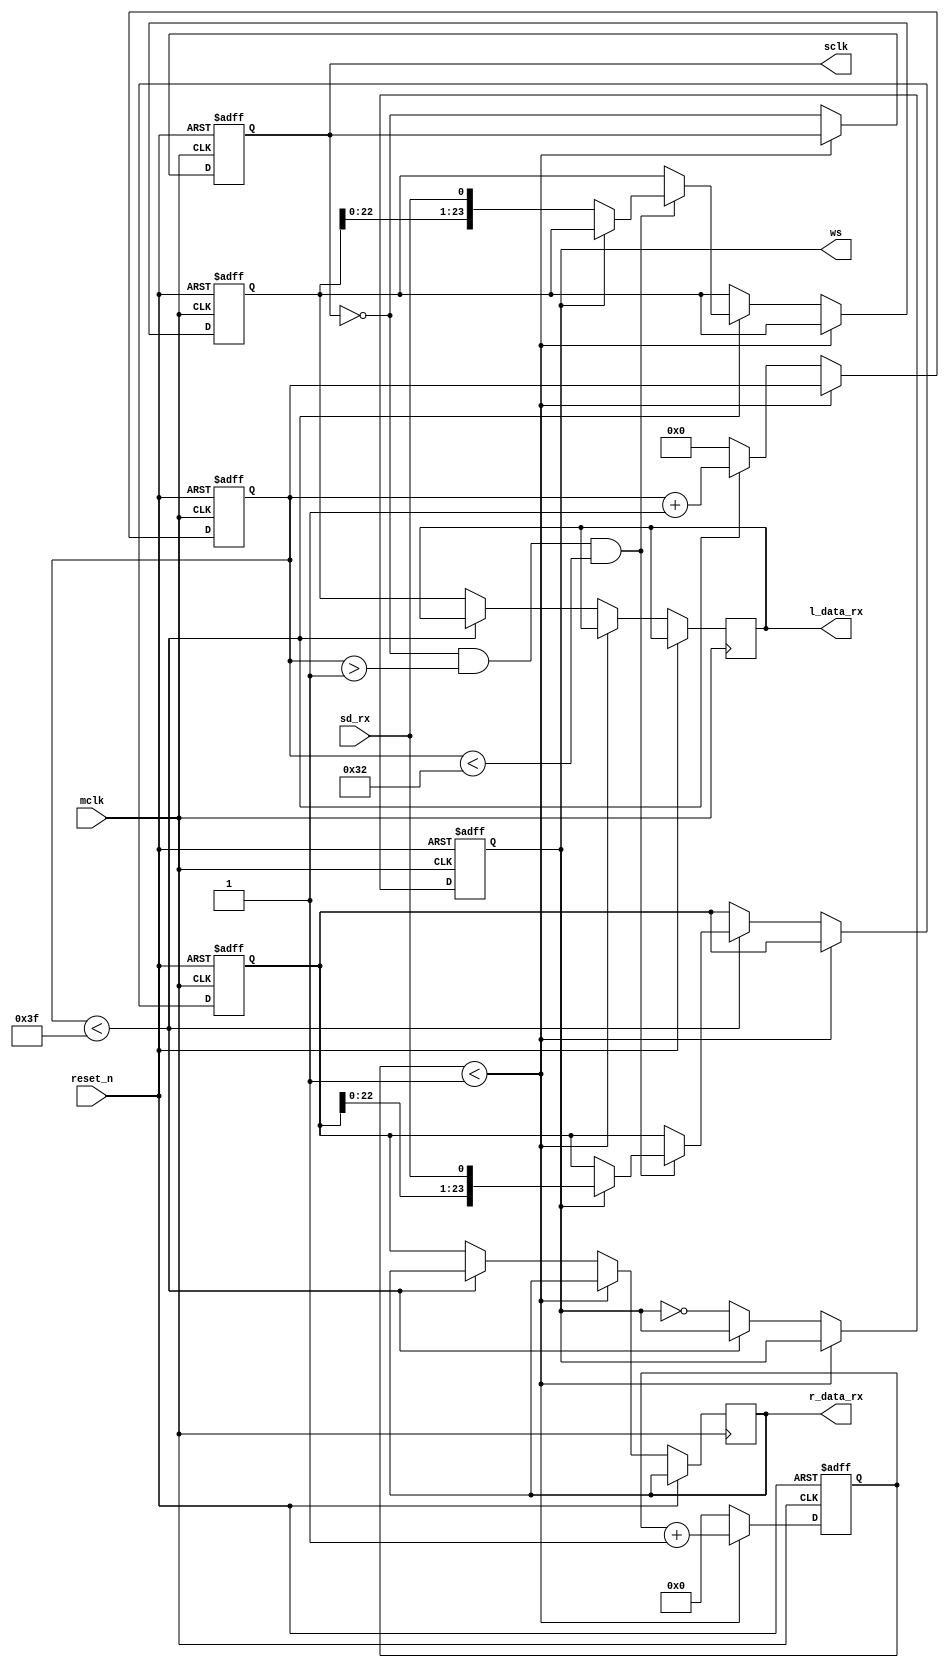
// This I2S design uses the common 44.1 kHz 
// sampling frequency.  
// From Figure 2 in Section 4.1.1 of the CS5343 
// Datasheet, it is appropriate to use an SCLK/LRCK 
// ratio of 64 and a MCLK/LRCK ratio of 256.  
// Therefore, the I2S Transceivers generic 
// parameter sclk_ws_ratio is set to 64.  
// (LRCK, e.g. left-right clock, and ws, 
// e.g. word select, are synonymous.)  
// The generic parameter mclk_sclk_ratio is set to 4, 
// since MCLK/SCLK = (MCLK/LRCK) / (SCLK/LRCK) = 256/64 = 4.
//
// As such, the word select (or left-right clock) frequency 
// is 44.1 kHz, the serial clock frequency is 44.1 kHz * 64 = 2.82 MHz, 
// and the master clock frequency is 2.82 MHz * 4 = 11.29 MHz.  
// Table 1, Section 4.1 of the CS4344 Datasheet confirms this 
// selection, listing 11.29 MHz as a common frequency 
// for the master clock when the LRCK is 44.1 kHz.
//
//  Module is created from sample provided by 
//  Digilent
//


module i2s_receicer #( parameter
    sclk_ws_ratio = 64,         // number of sclk periods per word select period
    mclk_sclk_ratio = 4,        // number of mclk periods per sclk period
    d_width = 24                // data width
)(
    input  reset_n,                             //asynchronous active low reset
    input  mclk,                                //master clock
    output sclk,                                //serial clock (or bit clock)
    output ws,                                  //word select (or left-right clock)
    input  sd_rx,                               //serial data receive
    output reg signed [d_width-1: 0] l_data_rx,            //left channel data received
    output reg signed [d_width-1: 0] r_data_rx             //right channel data received   
    
    );

reg sclk_int = 0;                       //internal serial clock wire
reg ws_int = 0;                         //internal word select wire
reg signed [d_width-1: 0] l_data_rx_int = 'sb0;   //internal left channel rx data buffer
reg signed [d_width-1: 0] r_data_rx_int = 'sb0;   //internal right channel rx data buffer



reg [3: 0] sclk_cnt = 0;  //counter of master clocks during half period of serial clock
reg [7: 0] ws_cnt   = 0;  //counter of serial clock toggles during half period of word select



always@(posedge mclk, posedge reset_n) begin

    if (reset_n == 1) begin
        sclk_cnt <= 'b0;                 //clear mclk/sclk counter
        ws_cnt <= 'b0;                   //clear sclk/ws counter
        sclk_int <= 0;                   //clear serial clock signal
        ws_int <= 0;                     //clear word select signal
        l_data_rx_int <= 'sb0;           //clear internal left channel rx data buffer
        r_data_rx_int <= 'sb0;           //clear internal right channel rx data buffer
    end
    else begin                          //master clock rising edge        
        if (sclk_cnt < mclk_sclk_ratio/2-1) begin   //less than half period of sclk
            sclk_cnt <= sclk_cnt + 1;               //increment mclk/sclk counter
        end
        else begin                                  //half period of sclk
            sclk_cnt <= 0;                          //reset mclk/sclk counter
            sclk_int <= ~sclk_int;                  //toggle serial clock
            if (ws_cnt < sclk_ws_ratio - 1) begin   //less than half period of ws
                ws_cnt <= ws_cnt + 1;               //increment sclk/ws counter
                if (sclk_int == 0 && ws_cnt > 1 && ws_cnt < d_width * 2 + 2) begin  //rising edge of sclk during data word
                    if (ws_int == 1) begin                                          //right channel
                        r_data_rx_int <= {r_data_rx_int[d_width-2 : 0] , sd_rx};    //shift data bit into right channel rx data buffer
                    end else begin                                                  //left channel
                        l_data_rx_int <= {l_data_rx_int[d_width-2 : 0] , sd_rx};    //shift data bit into left channel rx data buffer
                    end
                end   

                
            end else begin                          //half period of ws
                ws_cnt <= 0;                        //reset sclk/ws counter
                ws_int <= ~ws_int;                  //toggle word select
                r_data_rx <= r_data_rx_int;     //output right channel received data
                l_data_rx <= l_data_rx_int;     //output left channel received data
            end
        end
    end
end

assign sclk = sclk_int;             //output serial clock
assign ws = ws_int;                 //output word select

endmodule